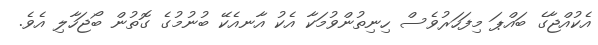
އެކުއްޖާގެ ބައްޕަ މިފަހަރުވެސް ހިނިތުންވުމަކާ އެކު އާނއެކޭ ބުނުމުގެ ގޮތުން ބޯޖަހާލި އެވެ.